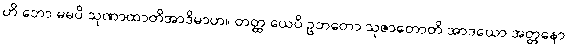
ဟိ ဘော မမပိ သုဏာထာတိအာဒိမာဟ။ တတ္ထ ယေပိ ဥဘတော သုဇာတောတိ အာဒယော အတ္တနော